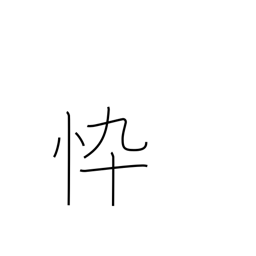
Meaning: haggard